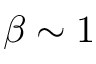
\beta \sim 1